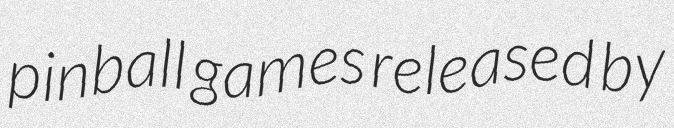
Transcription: pinball games released by